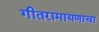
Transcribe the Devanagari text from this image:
गीतरामायणाचा